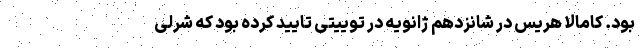
بود. کامالا هریس در شانزدهم ژانویه در توییتی تایید کرده بود که شرلی